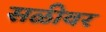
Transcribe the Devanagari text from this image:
सळीवर